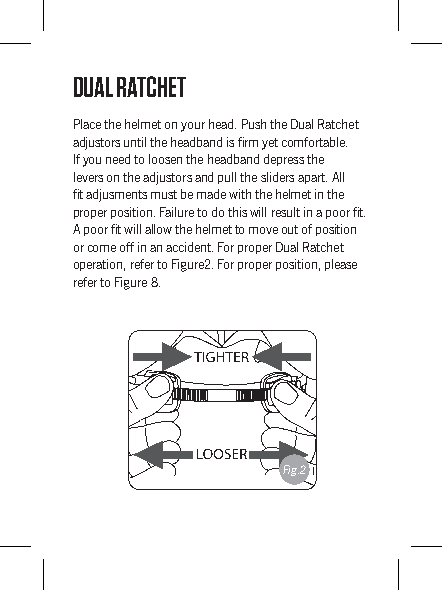
DUAL RATCHET
 Place the helmet on your head. Push the Dual Ratchet
 adjustors until the headband is firm yet comfortable.
 If you need to loosen the headband depress the
 levers on the adjustors and pull the sliders apart. All
 fit adjusments must be made with the helmet in the
 proper position. Failure to do this will result in a poor fit.
 A poor fit will allow the helmet to move out of position
 or come off in an accident. For proper Dual Ratchet
 operation, refer to Figure2. For proper position, please
 refer to Figure 8.
 Fig.2